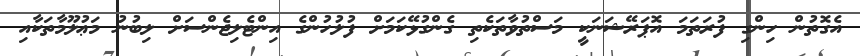
އެގޮތުން ހިންގި ފުރަތަމަ އޮޕަރޭޝަނަކީ މަސްތުވާތަކެތި ގެންގުޅޭކަމަށް ފުލުހުންގެ އިންޓެލިޖެންސަށް ލިބުނު މަޢުލޫމާތަކާއި